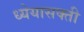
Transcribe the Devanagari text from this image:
ध्येयासक्ती